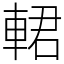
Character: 輑